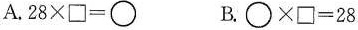
A.$$2 8 \times \Box = \circ$$ B.$$\circ \times \Box = 2 8$$